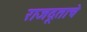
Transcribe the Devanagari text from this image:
राजदूताचे